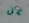
عن